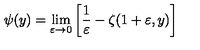
\psi ( y ) = \lim _ { \varepsilon \rightarrow 0 } \left[ \frac 1 \varepsilon - \zeta ( 1 + \varepsilon , y ) \right]